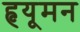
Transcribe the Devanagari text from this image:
हृयूमन